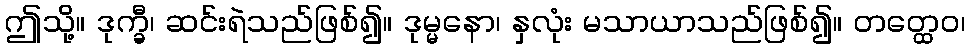
ဤသို့။ ဒုက္ခီ၊ ဆင်းရဲသည်ဖြစ်၍။ ဒုမ္မနော၊ နှလုံး မသာယာသည်ဖြစ်၍။ တတ္ထေဝ၊